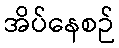
အိပ်နေစဉ်